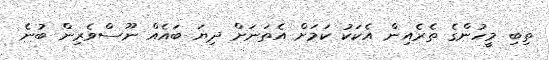
ތިބި މީހުންގެ ތެރެއިން އެކަކު ކަމަށް އެތަނަށް ދިޔަ ބައެއް ނޫސްވެރިން ބުނެ